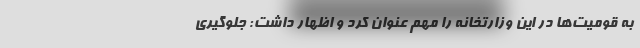
به قومیت‌ها در این وزارتخانه را مهم عنوان کرد و اظهار داشت: جلوگیری